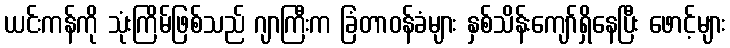
ယင်းကန်ကို သုံးကြိမ်ဖြစ်သည် ဂျာကြီးက ခြံတာဝန်ခံများ နှစ်သိန်းကျော်ရှိနေပြီး ဖောင့်များ